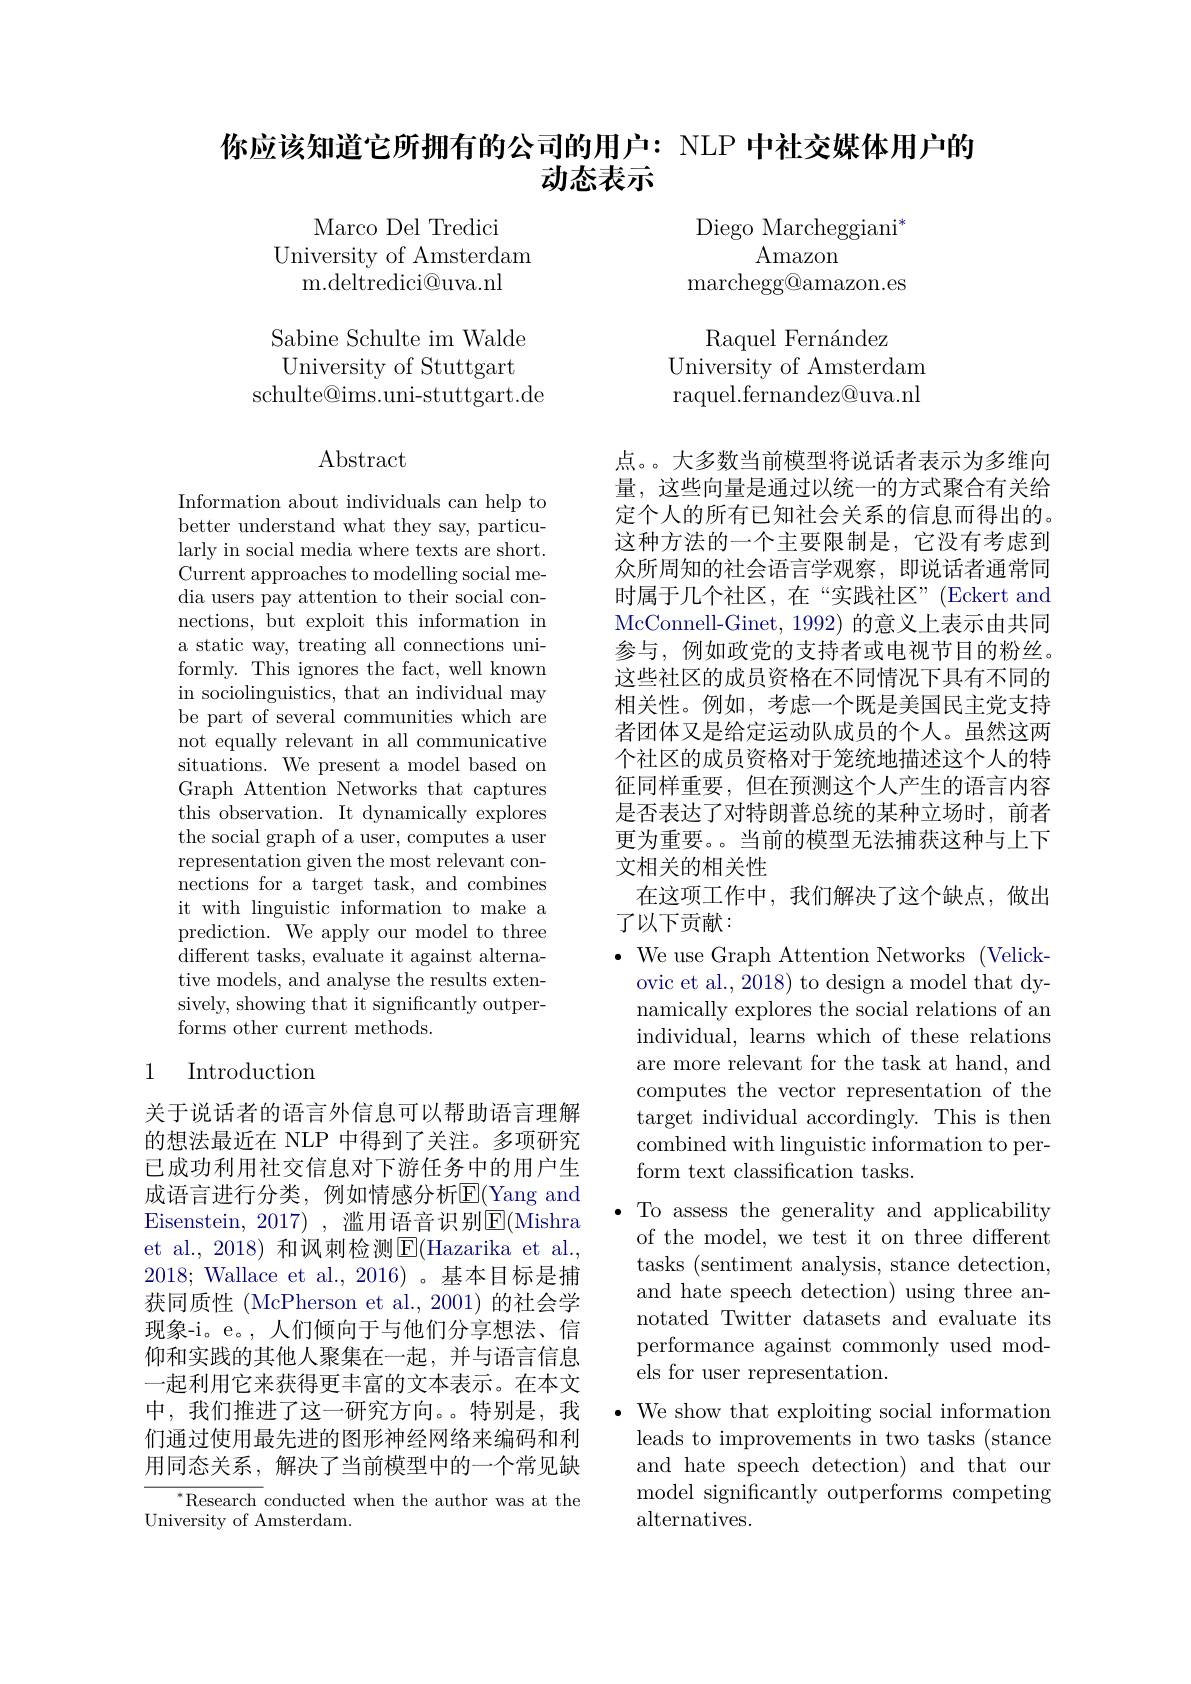
## 你应该知道它所拥有的公司的用户：NLP 中社交媒体用户的动态表示

Marco Del Tredici
University of Amsterdam
m. deltredici@ uva. nl

Diego Marcheggiani$^*$
Amazon
${\mathrm{marchegg@amazon.es}}$

Raquel Fern$\' {a}$ndez
University of Amsterdam raquel.fernandez@uva.nl

Sabine Schulte im Walde University of Stuttgart
schulte@ims.uni-stuttgart.de

$\operatorname{Abstract}$

Information about individuals can help to better understand what they say, particularly in social media where texts are short. Current approaches to modelling social media users pay attention to their social connections, but exploit this information in a static way, treating all connections uniformly. This ignores the fact, well known in sociolinguistics, that an individual may be part of several communities which are not equally relevant in all communicative situations. We present a model based on Graph Attention Networks that captures this observation. It dynamically explores the social graph of a user, computes a user representation given the most relevant connections for a target task, and combines it with linguistic information to make a prediction. We apply our model to three different tasks, evaluate it against alternative models, and analyse the results extensively, showing that it significantly outperforms other current methods.

点。大多数当前模型将说话者表示为多维向量，这些向量是通过以统一的方式聚合有关给定个人的所有已知社会关系的信息而得出的。这种方法的一个主要限制是，它没有考虑到众所周知的社会语言学观察，即说话者通常同时属于几个社区，在“实践社区”(Eckert and McConnell-Ginet, 1992) 的意义上表示由共同参与，例如政党的支持者或电视节目的粉丝。这些社区的成员资格在不同情况下具有不同的相关性。例如，考虑一个既是美国民主党支持者团体又是给定运动队成员的个人。虽然这两个社区的成员资格对于笼统地描述这个人的特征同样重要，但在预测这个人产生的语言内容是否表达了对特朗普总统的某种立场时，前者更为重要。当前的模型无法捕获这种与上下文相关的相关性
在这项工作中，我们解决了这个缺点，做出
了以下贡献：
$\cdot$ We use Graph Attention Networks (Velick-
ovic et al., 2018) to design a model that dynamically explores the social relations of an individual, learns which of these relations are more relevant for the task at hand, and computes the vector representation of the target individual accordingly. This is then combined with linguistic information to perform text classification tasks.
${\text{.To assess the generality and applicability}}$ of the model, we test it on three different tasks (sentiment analysis, stance detection, and hate speech detection) using three annotated Twitter datasets and evaluate its performance against commonly used models for user representation.
$\bullet$ We show that exploiting social information
leads to improvements in two tasks (stance and hate speech detection) and that our model significantly outperforms competing alternatives.

## 1 Introduction

关于说话者的语言外信息可以帮助语言理解的想法最近在 NLP 中得到了关注。多项研究已成功利用社交信息对下游任务中的用户生成语言进行分类，例如情感分析$\overline{\mathrm{E}}($Yang and Eisenstein, 2017), 滥用语音识别$\overline{\mathrm{E}}($Mishra et al.,2018) 和讽刺检测E$( Hazarika et al. $, 2018; Wallace et al., 2016)。基本目标是捕获同质性 (McPherson et al.,2001)的社会学现象-i。e。,人们倾向于与他们分享想法、信仰和实践的其他人聚集在一起，并与语言信息一起利用它来获得更丰富的文本表示。在本文中，我们推进了这一研究方向。。特别是，我们通过使用最先进的图形神经网络来编码和利用同态关系，解决了当前模型中的一个常见缺

$^*$Research conducted when the author was at the
University of Amsterdam.